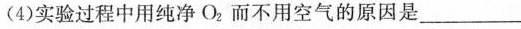
(4)实验过程中用纯净O_{2}。而不用空气的原因是___